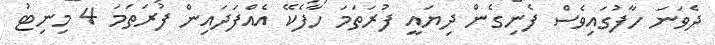
ދެވަނަ ހާފުގައިވެސް ފެނިގެން ދިޔައީ ފުރަތަމަ ހާފެކޭ އެއްފަދައިން ފުރަތަމަ 4 މިނިޓު